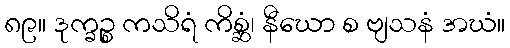
၈၉။ ဒုက္ခဉ္စ ကသိရံ ကိစ္ဆံ၊ နီဃော စ ဗျသနံ အဃံ။